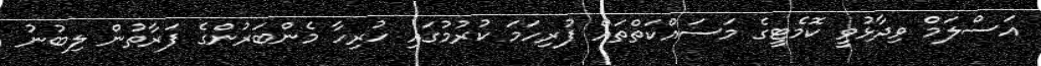
އަސްލަމް ވިދާޅުވީ ކޮމެޓީގެ މަސައްކަތްތައް ފުރިހަމަ ކުރުމުގައި ހުރިހާ މެންބަރުންގެ ފަރާތުން ލިބުނު